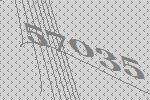
57035